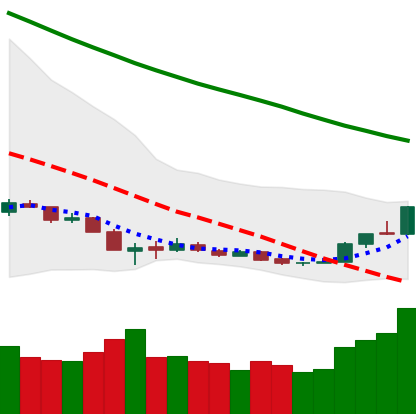
Ticker: ETH-USD
Chart end date: 2018-12-20
Forward return: 11.726%
Label: up_7plus